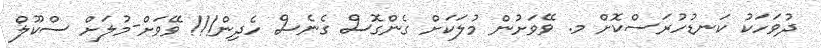
ދުވަހަކު ކަނޑުހުރަސްކޮށް މ. ވޭވަށުން މުލަކަށް ގެންގޮސް ގެނެސް ހެދިން!!! ވޭވަށް-މުލަށް ސްކޫލް